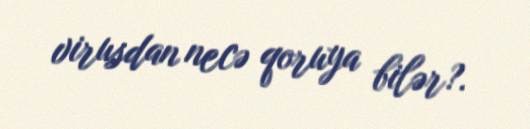
virusdan necə qoruya bilər?.